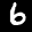
Label: 6